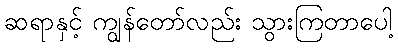
ဆရာနှင့် ကျွန်တော်လည်း သွားကြတာပေါ့